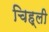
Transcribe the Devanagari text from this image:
चिह्ली